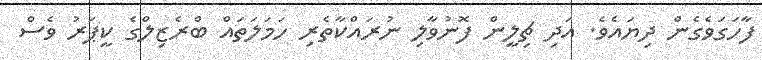
ފާހަގަވެގެން ދިޔައެވެ. އަދި ޗިލީން ފޮނުވާލި ނުރައްކާތެރި ހަމަލަތައް ބްރެޒިލްގެ ކީޕަރު ވެސް